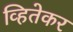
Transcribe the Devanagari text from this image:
व्हितेकर